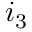
i _ { 3 }